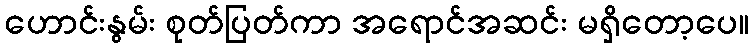
ဟောင်းနွမ်း စုတ်ပြတ်ကာ အရောင်အဆင်း မရှိတော့ပေ။